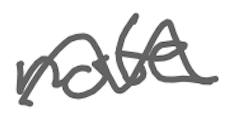
Text: not
Cross-out: wave
Writing tool: digital_gray